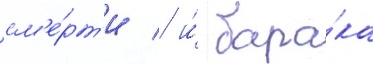
см'е́рт'и / и́ бара́ка